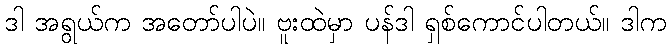
ဒါ အရွယ်က အတော်ပါပဲ။ ဗူးထဲမှာ ပန်ဒါ ရှစ်ကောင်ပါတယ်။ ဒါက